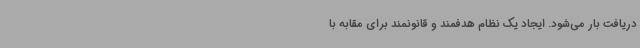
دریافت بار می‌شود. ایجاد یک نظام هدفمند و قانونمند برای مقابه با